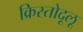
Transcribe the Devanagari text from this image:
क्रिस्तोदूलू